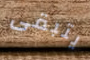
يتبقى